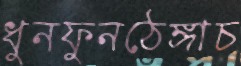
ধুনফুনঠেঙ্গাচ